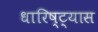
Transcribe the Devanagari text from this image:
धारिष्ट्यास